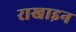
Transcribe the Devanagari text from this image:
राखाइन